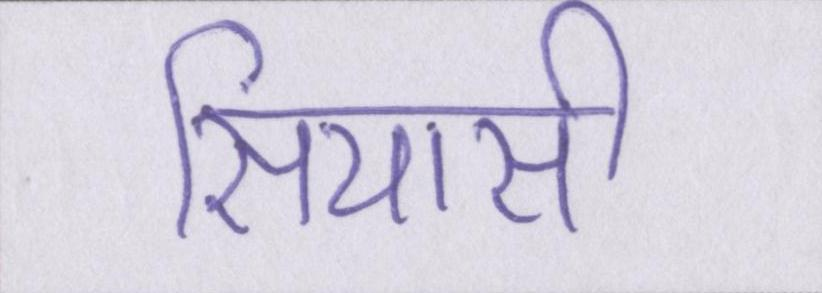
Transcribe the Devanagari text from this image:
सियासी